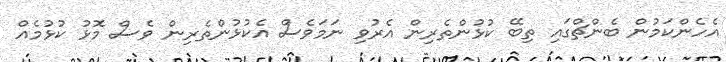
އެހެންކަމުން ބެންޗްގައި ތިބޭ ކުޅުންތެރިން އެރުވި ނަމަވެސް އެކުޅުންތެރިން ވެސް މޮޅު ކުޅުމެއް